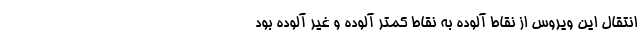
انتقال این ویروس از نقاط آلوده به نقاط کمتر آلوده و غیر آلوده بود